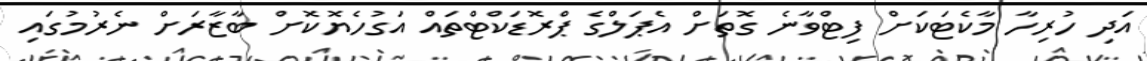
އަދި ހުރިހާ މާކެޓަކަށް ފިޓްވާނެ ގޮތަށް އެޕަލްގެ ޕްރޮޑަކްޓްތައް އަގުހެޔޮކޮށް ބާޒާރަށް ނެރުމުގައި